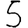
Digit: 5